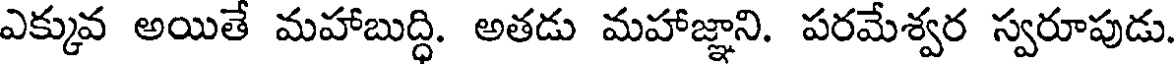
ఎక్కువ అయితే మహాబుద్ధి. అతడు మహాజ్ఞాని. పరమేశ్వర స్వరూపుడు.